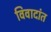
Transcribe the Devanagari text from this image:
विवादांत